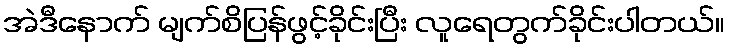
အဲဒီနောက် မျက်စိပြန်ဖွင့်ခိုင်းပြီး လူရေတွက်ခိုင်းပါတယ်။